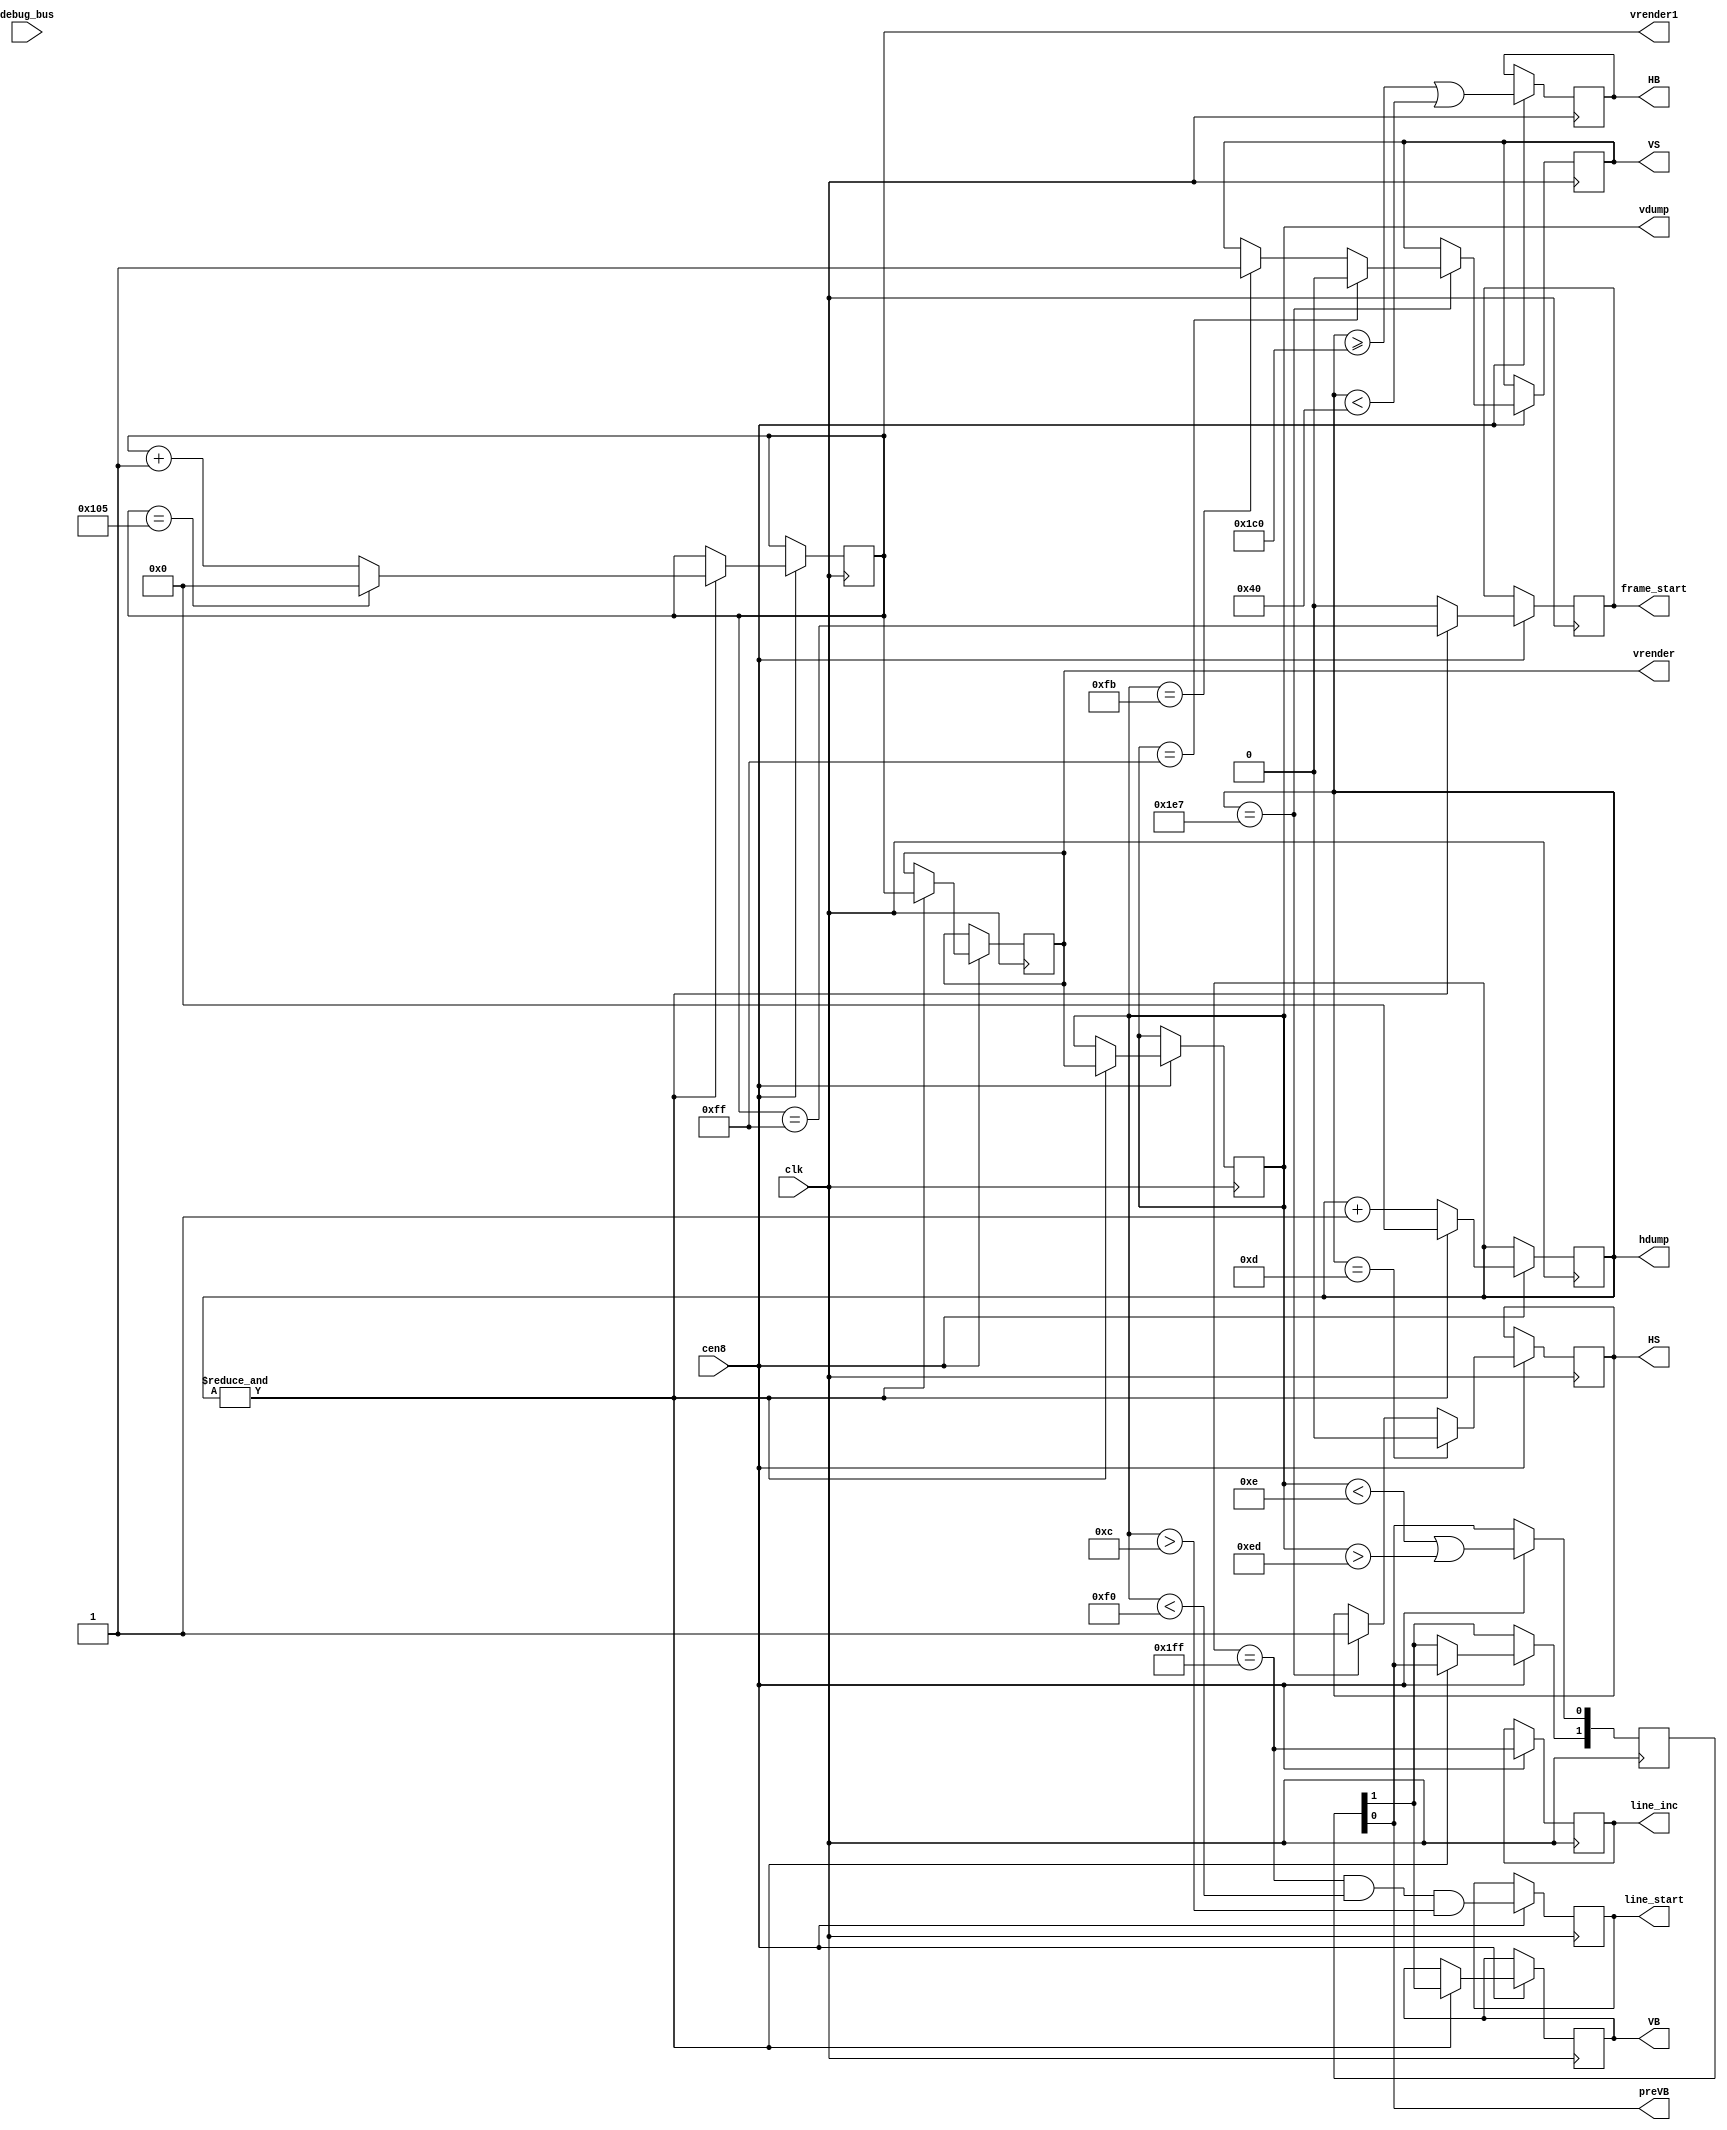
/*  This file is part of JTCORES1.
    JTCORES1 program is free software: you can redistribute it and/or modify
    it under the terms of the GNU General Public License as published by
    the Free Software Foundation, either version 3 of the License, or
    (at your option) any later version.

    JTCORES1 program is distributed in the hope that it will be useful,
    but WITHOUT ANY WARRANTY; without even the implied warranty of
    MERCHANTABILITY or FITNESS FOR A PARTICULAR PURPOSE.  See the
    GNU General Public License for more details.

    You should have received a copy of the GNU General Public License
    along with JTCORES1.  If not, see <http://www.gnu.org/licenses/>.

    Author: Jose Tejada Gomez. Twitter: @topapate
    Version: 1.0
    Date: 13-1-2020 */


module jtcps1_timing(
    input              clk,
    input              cen8,

    output reg [ 8:0]  hdump,
    output reg [ 8:0]  vdump,
    output reg [ 8:0]  vrender,
    output reg [ 8:0]  vrender1,
    output reg         line_start,
    output reg         line_inc,
    output reg         frame_start,
    // to video output
    output reg         HS,
    output reg         VS,
    output reg         VB,
    output             preVB,
    output reg         HB,
    input      [ 7:0]  debug_bus
);

reg [1:0] shVB;

`ifdef SIMULATION
initial begin
    hdump       = 9'd0;
    vrender1    = 9'hf2;
    vrender     = 9'hf1;
    vdump       = 9'hf0;  // start with the full V blank period
    HS          = 1'b0;
    VS          = 1'b0;
    HB          = 1'b1;
    VB          = 1'b1;
    shVB        = 2'b11;
    line_start  = 1'b1;
    line_inc    = 1'b0;
    frame_start = 1'b0;
end
`endif

assign preVB = shVB[0];

localparam [8:0] VS_START = 9'd251; // larger values pull it up
localparam [8:0] VS_END   = VS_START + 9'd4;
localparam [8:0] HS_START = 9'd487; // larger values pull it left
localparam [8:0] HS_LEN   = 9'd38;
localparam [8:0] HS_END   = HS_START<(9'd511-HS_LEN) ? (HS_START+HS_LEN) : ( HS_LEN-(9'd511-HS_START)-9'd1  );

always @(posedge clk) if(cen8) begin
    hdump     <= hdump+9'd1;
    //if ( vdump>=9'hf8  ) VB <= 1'b1;
    //if ( vdump==9'h0F  ) VB <= 1'b0;
    shVB[0] <= vdump<(9'd14) || vdump>9'd237; // 224 visible lines
    HB      <= hdump>=(9'd384+9'd64) || hdump<9'd64;
    // original HS reported to last for 36 clock ticks
    if( hdump== HS_START ) begin
        HS <= 1'b1;
        // VS must occur synchronized with HS for better compatibility
        // 250/261 wavy
        // 250/255 best
        // h100/h001 old
        if ( vdump==VS_START ) VS <= 1'b1;
        if ( vdump==VS_END   ) VS <= 1'b0;
    end
    if( hdump== HS_END ) HS <= 1'b0;
    line_start  <= hdump==9'h1ff && vdump<9'hF0 && vdump>9'h0c;
    line_inc    <= hdump==9'h1ff;
    if(&hdump) begin
        hdump   <= 9'd0;
        vrender1<= vrender1==9'd261 ? 9'd0 : vrender1+9'd1;
        vrender <= vrender1;
        vdump   <= vrender;
        { VB, shVB[1] } <= shVB;
        // What's the right value for the frame start (FI) signal
        // 261 fails miserably in Cammy's stage
        // 255 works for Cammy, but is it right?
        //frame_start <= vrender1==(9'd255 + { debug_bus[7], debug_bus });
        frame_start <= vrender1==9'd255;
    end else begin
        frame_start <= 0;
    end
end

endmodule